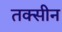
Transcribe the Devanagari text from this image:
तक्सीन